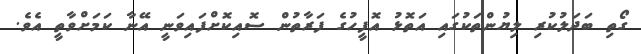
ގޯތި ބަދަލުކުރި ލިޔުންތަކުގައި އަތޮޅު އޮފީހުގެ ފަރާތުން ސޮއިކޮށްފައިވަނީ އޭނާ ކަމަށްވާތީ އެވެ.